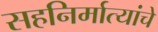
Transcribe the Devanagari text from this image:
सहनिर्मात्यांचे